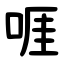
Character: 啀